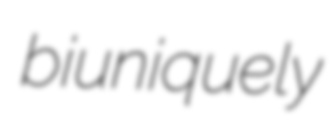
biuniquely